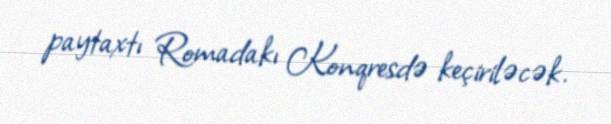
paytaxtı Romadakı Konqresdə keçiriləcək.